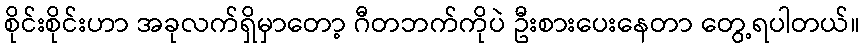
စိုင်းစိုင်းဟာ အခုလက်ရှိမှာတော့ ဂီတဘက်ကိုပဲ ဦးစားပေးနေတာ တွေ့ရပါတယ်။